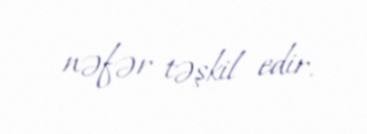
nəfər təşkil edir.